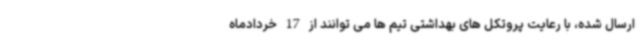
ارسال شده، با رعایت پروتکل های بهداشتی تیم ها می توانند از 17 خردادماه